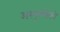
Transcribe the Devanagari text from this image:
अस्पृश्योंको